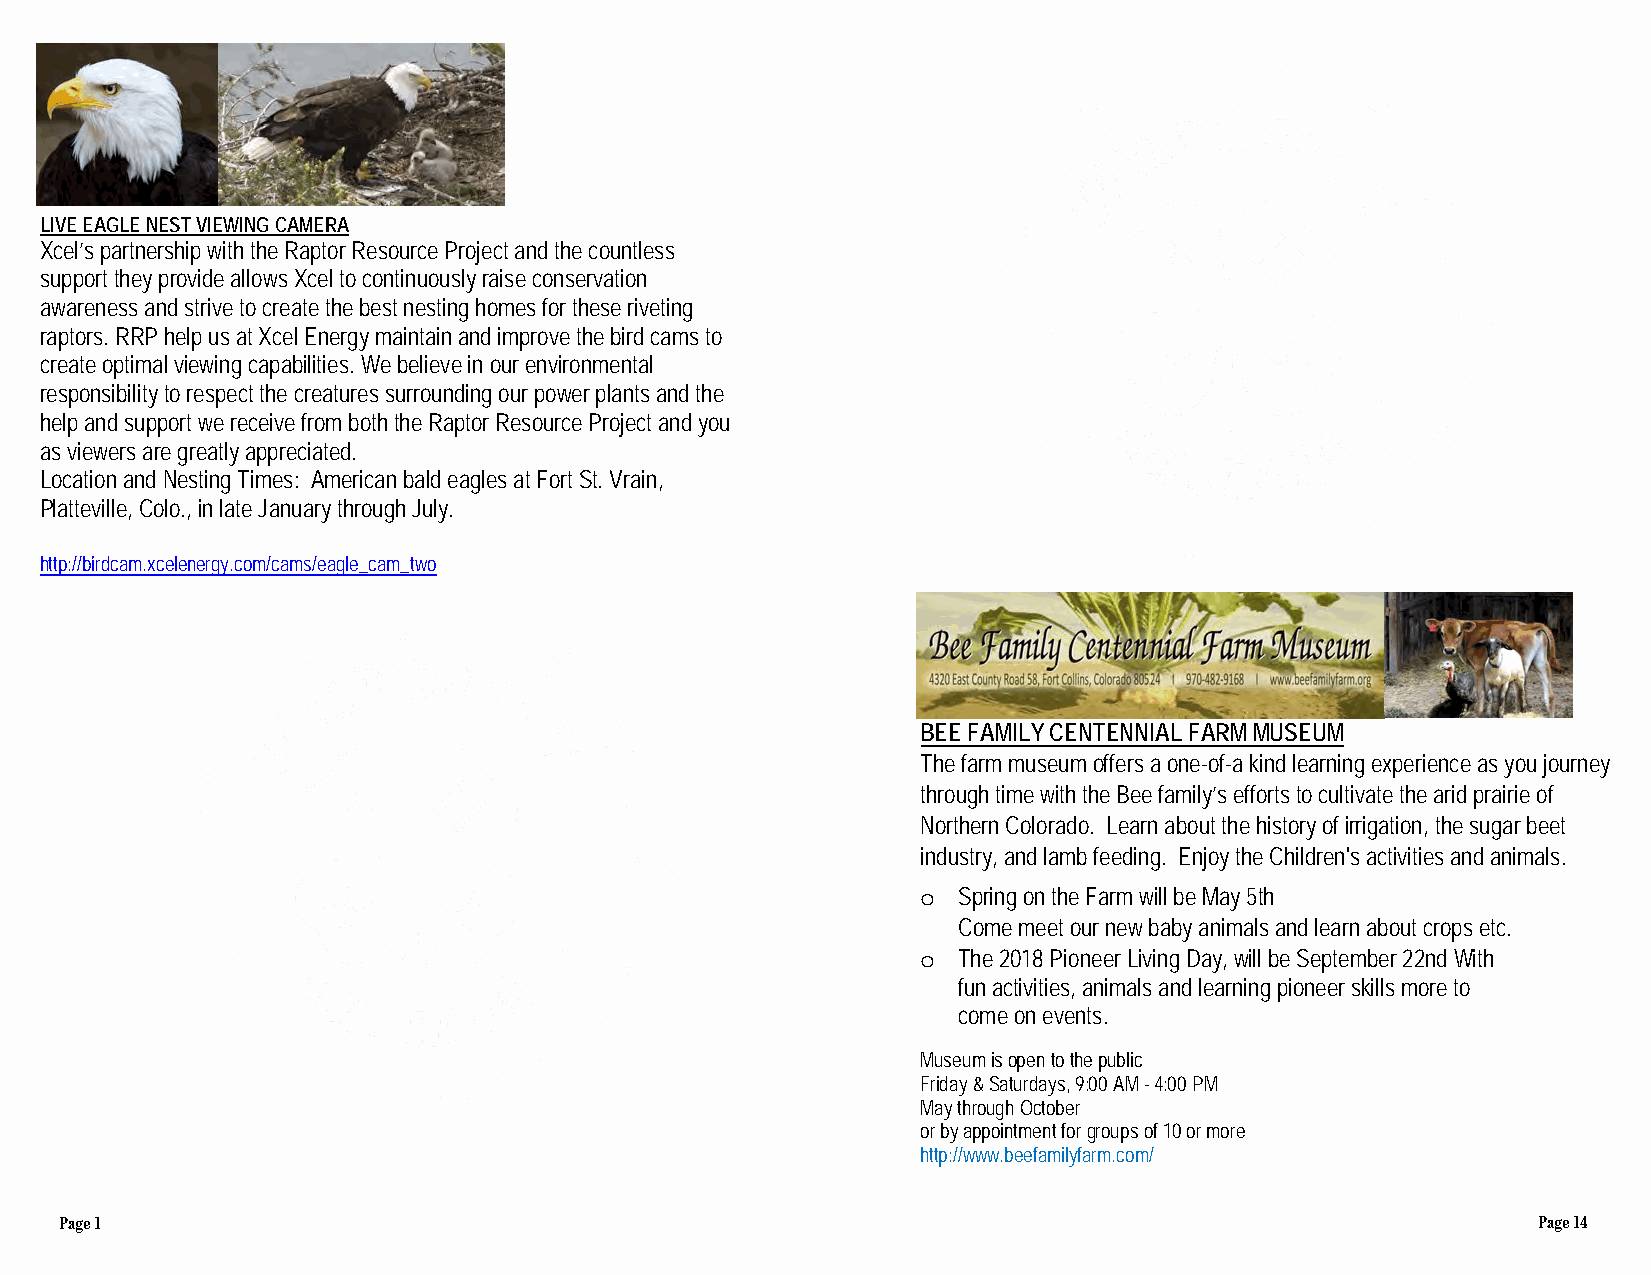
LIVE EAGLE NEST VIEWING CAMERA
 Xcel’s partnership with the Raptor Resource Project and the countless
 support they provide allows Xcel to continuously raise conservation
 awareness and strive to create the best nesting homes for these riveting
 raptors. RRP help us at Xcel Energy maintain and improve the bird cams to
 create optimal viewing capabilities. We believe in our environmental
 responsibility to respect the creatures surrounding our power plants and the
 help and support we receive from both the Raptor Resource Project and you
 as viewers are greatly appreciated.
 Location and Nesting Times: American bald eagles at Fort St. Vrain,
 Platteville, Colo., in late January through July.
 http://birdcam.xcelenergy.com/cams/eagle_cam_two
 BEE FAMILY CENTENNIAL FARM MUSEUM
 The farm museum offers a one-of-a kind learning experience as you journey
 through time with the Bee family’s efforts to cultivate the arid prairie of
 Northern Colorado. Learn about the history of irrigation, the sugar beet
 industry, and lamb feeding. Enjoy the Children's activities and animals.
 Spring on the Farm will be May 5th
 o
 Come meet our new baby animals and learn about crops etc.
 The 2018 Pioneer Living Day, will be September 22nd With
 o
 fun activities, animals and learning pioneer skills more to
 come on events.
 Museum is open to the public
 Friday & Saturdays, 9:00 AM - 4:00 PM
 May through October
 or by appointment for groups of 10 or more
 http://www.beefamilyfarm.com/
 Page 1                                                                                            Page 14